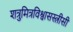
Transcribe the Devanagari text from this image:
शत्रुमित्रविश्वासस्त्रीसी